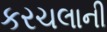
કરચલાની